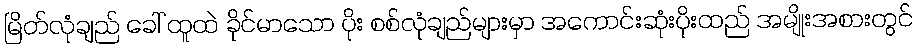
မြိတ်လုံချည် ခေါ် ထူထဲ ခိုင်မာသော ပိုး စစ်လုံချည်များမှာ အကောင်းဆုံးပိုးထည် အမျိုးအစားတွင်